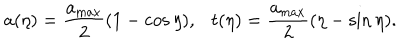
a ( \eta ) = \frac { a _ { \mathrm { m a x } } } { 2 } ( 1 - \cos \eta ) , t ( \eta ) = \frac { a _ { \mathrm { m a x } } } { 2 } ( \eta - \sin \eta ) .